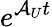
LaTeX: e^{\mathcal{A}_{U}t}